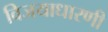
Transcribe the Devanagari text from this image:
विजयाधारणी